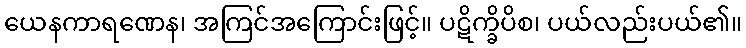
ယေနကာရဏေန၊ အကြင်အကြောင်းဖြင့်။ ပဋိက္ခိပိစ၊ ပယ်လည်းပယ်၏။